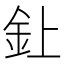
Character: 𫒆